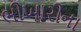
ભીખારીના